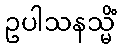
ဥပါသနသ္မိံ